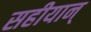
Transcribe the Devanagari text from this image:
सहीयान्